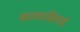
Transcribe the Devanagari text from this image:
कालाब्रियाई